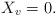
LaTeX: \begin{align*}X_{v} = 0.\end{align*}